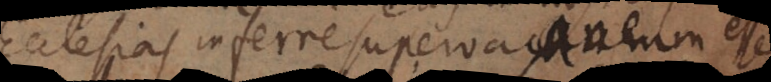
Ecclesias inferre supervacaneum esse